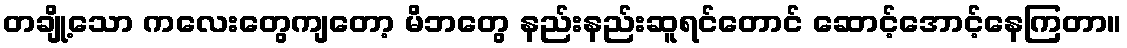
တချို့သော ကလေးတွေကျတော့ မိဘတွေ နည်းနည်းဆူရင်တောင် ဆောင့်အောင့်နေကြတာ။